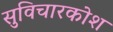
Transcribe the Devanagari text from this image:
सुविचारकोश